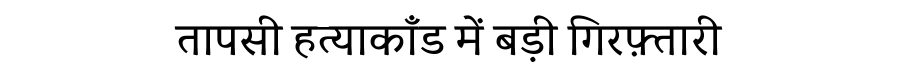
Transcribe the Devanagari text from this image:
तापसी हत्याकाँड में बड़ी गिरफ़्तारी